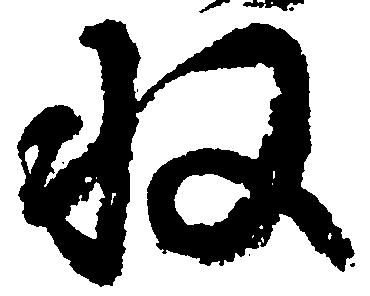
収